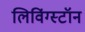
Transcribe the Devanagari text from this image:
लिविंग्स्टॉन